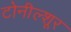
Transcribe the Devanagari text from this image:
टोनील्शूर